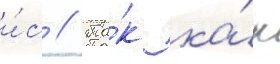
и́с // Та́к ка́к